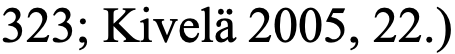
323; Kivelä 2005, 22.)